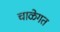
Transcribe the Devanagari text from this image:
चाळेगत